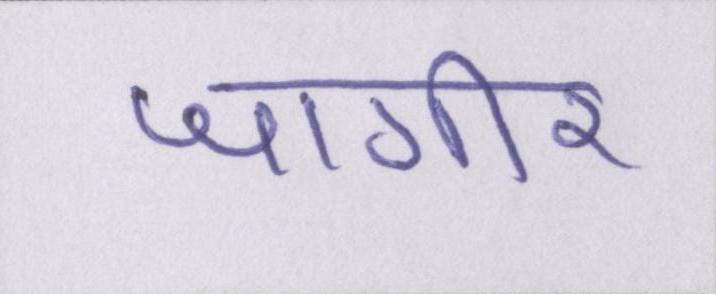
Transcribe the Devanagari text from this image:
जागीर